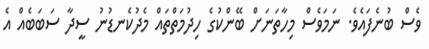
ވެސް ބުނެފައެވެ. ނަމަވެސް މިހާތަނަށް ބޭންކުގެ ހިދުމަތްތައް މެދުކެނޑުނު ސީދާ ސަބަބެއް އެ